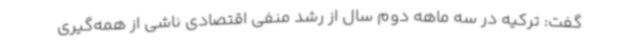
گفت: ترکیه در سه ماهه دوم سال از رشد منفی اقتصادی ناشی از همه‌گیری